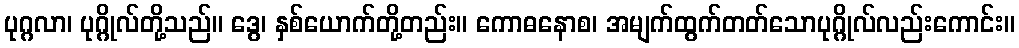
ပုဂ္ဂလာ၊ ပုဂ္ဂိုလ်တို့သည်။ ဒွေ၊ နှစ်ယောက်တို့တည်း။ ကောဓနောစ၊ အမျက်ထွက်တတ်သောပုဂ္ဂိုလ်လည်းကောင်း။